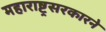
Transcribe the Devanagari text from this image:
महाराष्ट्रसरकारने